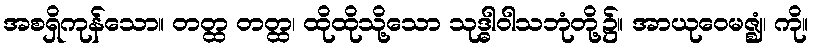
အစရှိကုန်သော။ တတ္ထ တတ္ထ၊ ထိုထိုသို့သော သုဒ္ဓါဝါသဘုံတို့၌။ အာယုဝေမဇ္ဈံ၊ ကို။